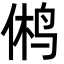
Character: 鸺